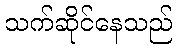
သက်ဆိုင်နေသည်